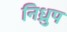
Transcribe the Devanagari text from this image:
निध्रुप